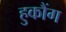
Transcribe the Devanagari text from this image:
हुकौंग